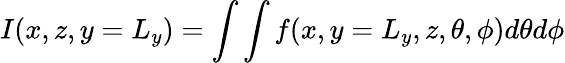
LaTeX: I(x,z,y=L_{y})=\int\int f(x,y=L_{y},z,\theta,\phi)d\theta d\phi